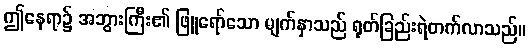
ဤနေရာ၌ အဘွားကြီး၏ ဖြူရော်သော မျက်နှာသည် ရုတ်ခြည်းရဲတက်လာသည်။